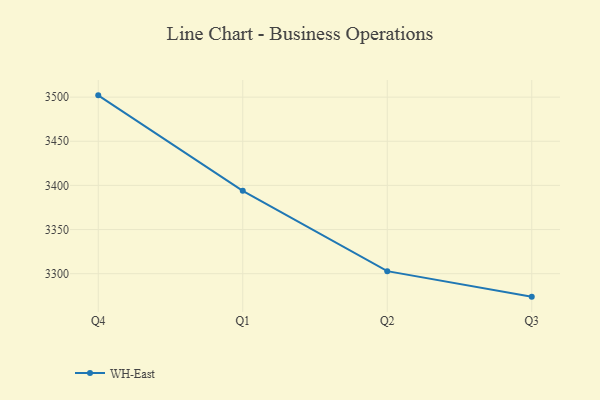
{"axis": {"x": "Quarter", "y": "Demand Index"}, "legend": ["WH-East"], "data": [{"x": "Q4", "y": 3502.0, "type": "WH-East"}, {"x": "Q1", "y": 3393.9, "type": "WH-East"}, {"x": "Q2", "y": 3302.9, "type": "WH-East"}, {"x": "Q3", "y": 3274.0, "type": "WH-East"}]}